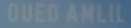
OUEDAMLIL